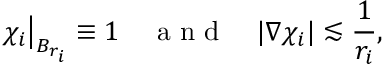
\chi _ { i } \big | _ { B _ { r _ { i } } } \equiv 1 \quad \mathrm { ~ a ~ n ~ d ~ } \quad | \nabla \chi _ { i } | \lesssim \frac { 1 } { r _ { i } } ,